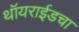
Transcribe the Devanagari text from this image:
थॉयराईडचा